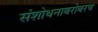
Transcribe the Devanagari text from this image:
संशोधनाबरोबरच